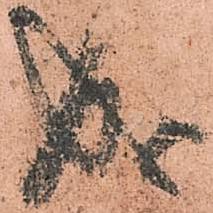
成